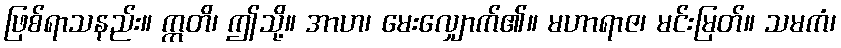
ဖြစ်ရာသနည်း။ ဣတိ၊ ဤသို့။ အာဟ၊ မေးလျှောက်၏။ မဟာရာဇ၊ မင်းမြတ်။ သမကံ၊